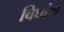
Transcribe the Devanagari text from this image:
विघ्वंश